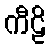
ကီဠိ